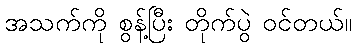
အသက်ကို စွန့်ပြီး တိုက်ပွဲ ဝင်တယ်။